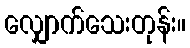
လျှောက်သေးတုန်း။